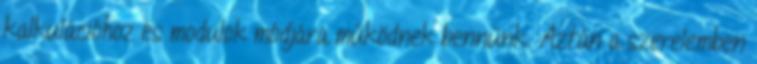
kalkulációhoz és modulok módjára működnek bennünk. Aztán a szerelemben